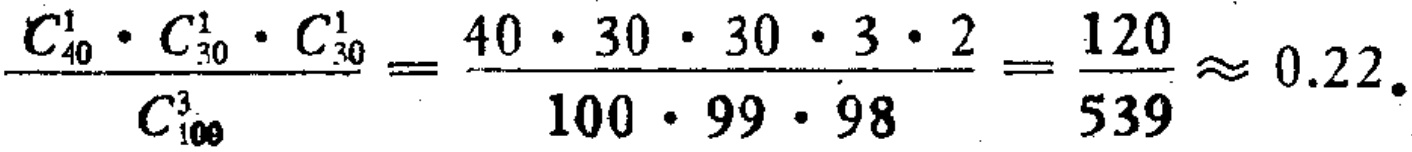
\(\frac{C_{40}^{1} \cdot C_{30}^{1} \cdot C_{30}^{1}}{C_{100}^{3}}=\frac{40 \cdot 30 \cdot 30 \cdot 3 \cdot 2}{100 \cdot 99 \cdot 98}=\frac{120}{539} \approx 0.22\)